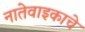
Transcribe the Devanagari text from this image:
नातेवाइकाचे